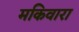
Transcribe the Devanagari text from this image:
मकिवारा